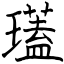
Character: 瓂